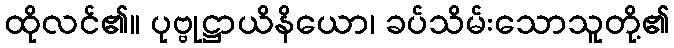
ထိုလင်၏။ ပုဗ္ဗုဋ္ဌာယိနိယော၊ ခပ်သိမ်းသောသူတို့၏